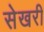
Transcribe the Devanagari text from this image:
सेखरी